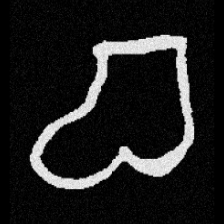
Pyu character \u2014 Myanmar letter: စ (romanized: ca)